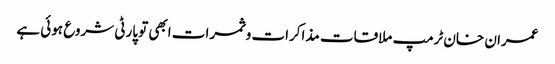
عمران خان ٹرمپ ملاقات مذاکرات و ثمرات ابھی تو پارٹی شروع ہوئی ہے